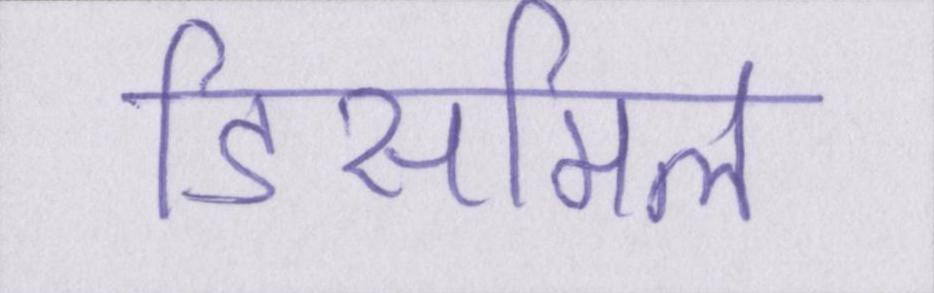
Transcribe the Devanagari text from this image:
डिसमिल